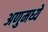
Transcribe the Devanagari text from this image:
अणुमध्ये